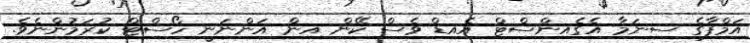
އަމްފާގެ ސިނަމާ އެގެއިންސްޓް އެއިޑް ވެސް ކޭން އިން އަންނަނީ ހޯސްޓް ކުރަމުންނެވެ.